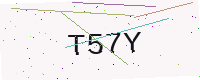
Text: T57Y